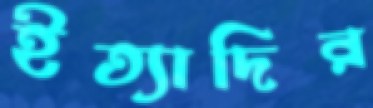
ইত্যাদির